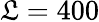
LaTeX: \mathfrak{L}=400